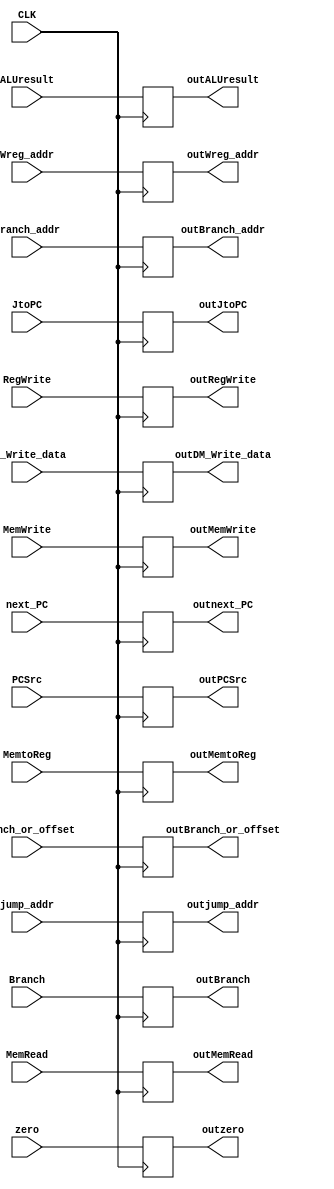
module pipe3(
  input CLK,
  input wire [31:0] ALUresult,
  input wire [4:0] Wreg_addr,
  input wire RegWrite,
  input wire MemWrite,
  input wire MemRead,
  input wire MemtoReg,
  input wire JtoPC,
  input wire Branch,
  input wire PCSrc,
  input wire [31:0] Branch_or_offset,
  input wire [31:0] Branch_addr,
  input wire [31:0] jump_addr,
  input wire [31:0] DM_Write_data,
  input wire zero,
  input wire [31:0] next_PC,

  output reg [31:0] outALUresult,
  output reg [4:0] outWreg_addr,
  output reg outRegWrite,
  output reg outMemWrite,
  output reg outMemRead,
  output reg outMemtoReg,
  output reg outJtoPC,
  output reg outBranch,
  output reg outPCSrc,
  output reg [31:0] outBranch_or_offset,
  output reg [31:0] outBranch_addr,
  output reg [31:0] outjump_addr,
  output reg [31:0] outDM_Write_data,
  output reg outzero,
  output reg [31:0] outnext_PC
);



always @(negedge CLK)
begin
  outALUresult <= ALUresult;
  outWreg_addr <= Wreg_addr;
  outRegWrite <= RegWrite;
  outMemWrite <= MemWrite;
  outMemRead <= MemRead;
  outMemtoReg <= MemtoReg;
  outJtoPC <= JtoPC;
  outBranch <= Branch;
  outPCSrc <= PCSrc;
  outBranch_or_offset <= Branch_or_offset;
  outBranch_addr <= Branch_addr;
  outjump_addr <= jump_addr;
  outDM_Write_data <= DM_Write_data;
  outzero <= zero;
  outnext_PC <= next_PC;
end
initial
begin
  outPCSrc = 0;
end

endmodule